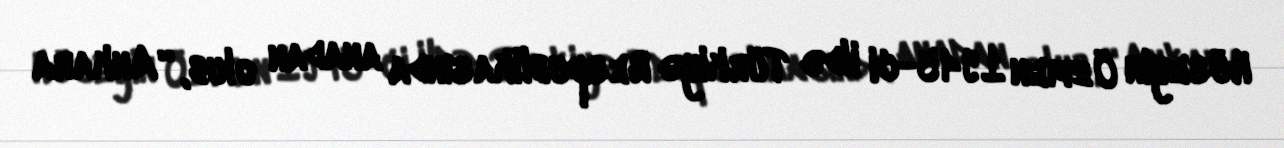
Hüseyin Özmen 1945-ci ildə Türkiyə Respublikasında anadan olub, “Ankara